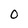
Character: O